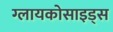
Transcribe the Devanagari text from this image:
ग्लायकोसाइड्‌स